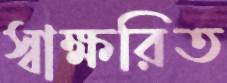
স্বাক্ষরিত